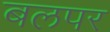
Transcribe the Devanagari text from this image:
बलपर